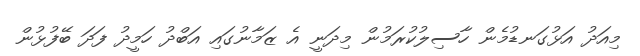
މިއަދު އަޅުގަނޑުމެން ހާސިލުކުރަމުން މިދަނީ އެ ޒަމާނުގައި އަބްދު ހަމީދު ފަދަ ބޭފުޅުން